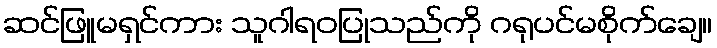
ဆင်ဖြူမရှင်ကား သူဂါရဝပြုသည်ကို ဂရုပင်မစိုက်ချေ။